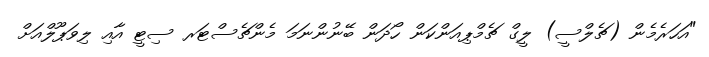
"އަހަރެމެން (ޗެލްސީ) ލީގް ޗެމްޕިއަންކަން ހޯދަން ބޭނުންނަމަ މެންޗެސްޓަރ ސިޓީ އާއި ލިވަޕޫލްއަށް